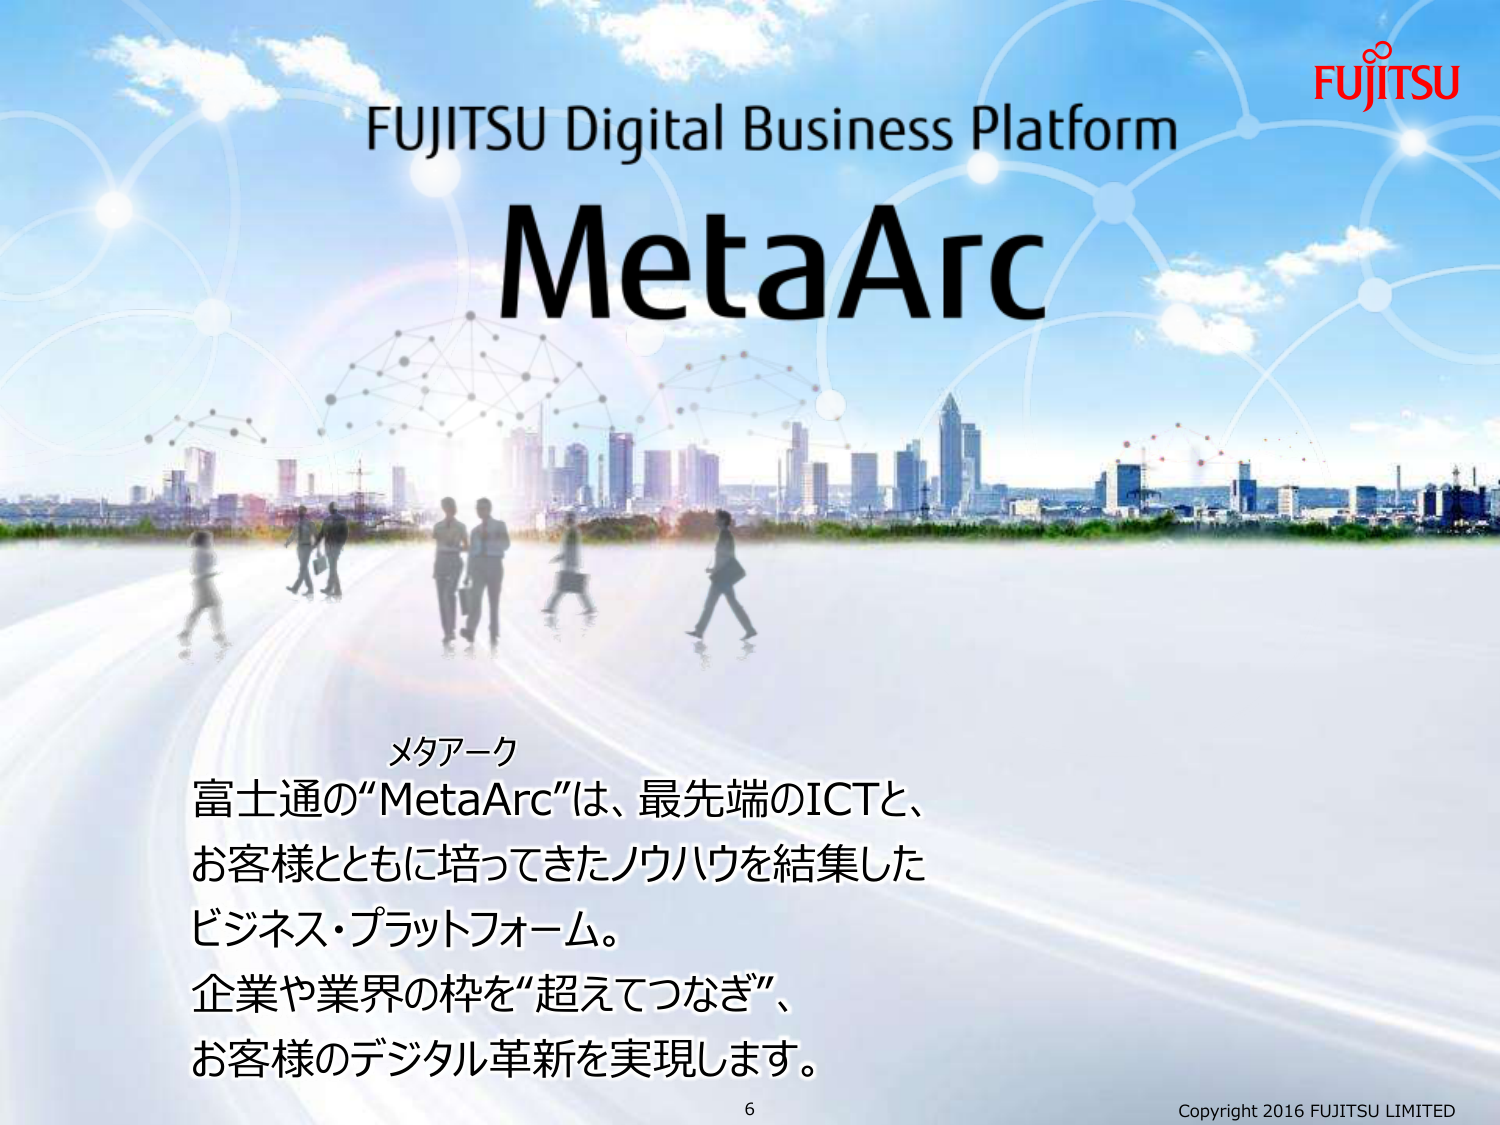
FUJITSU Digital Business Platform
MetaArc

メタアーク
富士通の“MetaArc”は、最先端のICTと、
お客様とともに培ってきたノウハウを結集した
ビジネス・プラットフォーム。
企業や業界の枠を“超えてつなぎ”、
お客様のデジタル革新を実現します。

6
Copyright 2016 FUJITSU LIMITED
FUJITSU